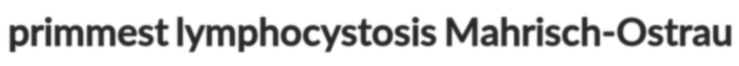
primmest lymphocystosis Mahrisch-Ostrau